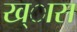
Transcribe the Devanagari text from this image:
ख्ास